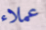
عملاء